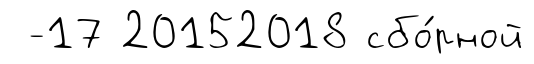
-17 20152018 сбо́рной